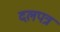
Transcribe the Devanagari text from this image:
दलपत्र